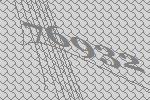
76932